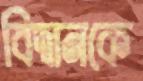
বিদ্বানকে